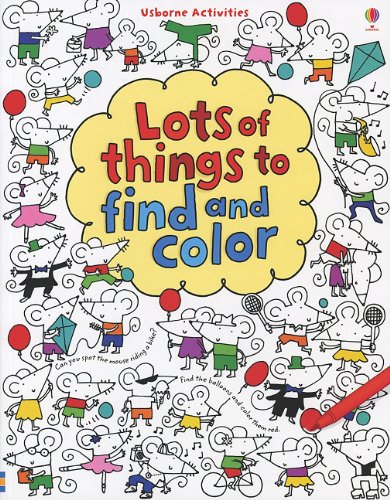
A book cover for Lots of Things to Find and Color (Usborne Activities); Fiona Watt; Children's Books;